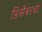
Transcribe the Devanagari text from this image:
डिसेंबरचा